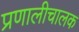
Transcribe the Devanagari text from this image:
प्रणालीचालक